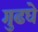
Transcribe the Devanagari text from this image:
गुढघे